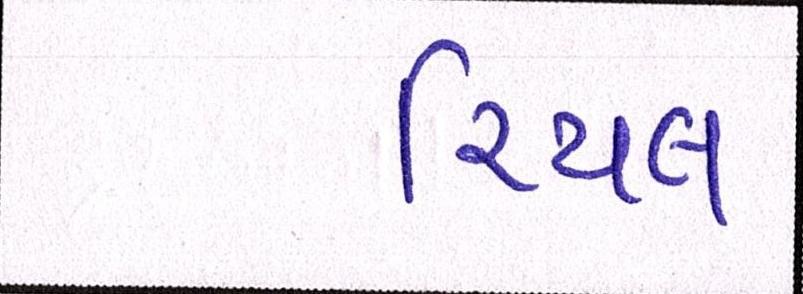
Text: રિયલ